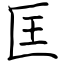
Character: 匡